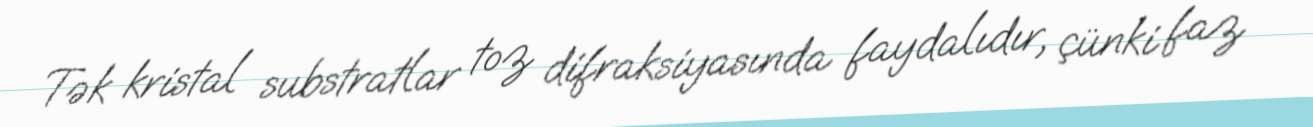
Tək kristal substratlar toz difraksiyasında faydalıdır, çünki faz